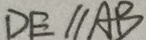
D E / / A B